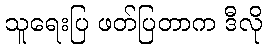
သူရေးပြ ဖတ်ပြတာက ဒီလို